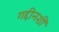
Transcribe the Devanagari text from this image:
गद्दीनशीं